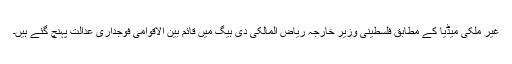
غیر ملکی میڈیا کے مطابق فلسطینی وزیر خارجہ ریاض المالکی دی ہیگ میں قائم بین الاقوامی فوجداری عدالت پہنچ گئے ہیں۔